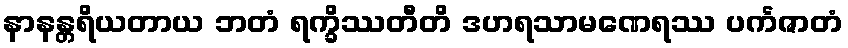
နာနန္တရိယတာယ ဘတံ ရက္ခိဿတီတိ ဒဟရသာမဏေရဿ ပင်္ကဇာတံ